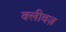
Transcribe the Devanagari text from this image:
क्लीवज़